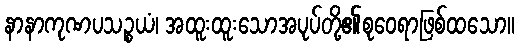
နာနာကုဏပသဉ္စယံ၊ အထူးထူးသောအပုပ်တို့၏စုဝေရာဖြစ်ထသော။